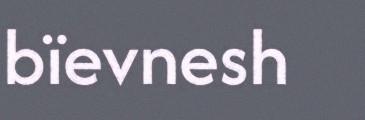
bïevnesh